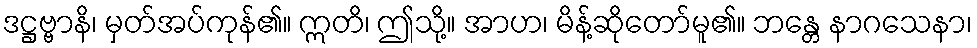
ဒဋ္ဌဗ္ဗာနိ၊ မှတ်အပ်ကုန်၏။ ဣတိ၊ ဤသို့။ အာဟ၊ မိန့်ဆိုတော်မူ၏။ ဘန္တေ နာဂသေနာ၊